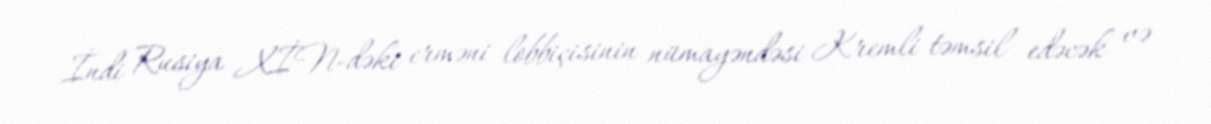
İndi Rusiya XİN-dəki erməni lobbiçisinin nümayəndəsi Kremli təmsil edəcək və